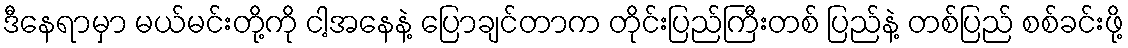
ဒီနေရာမှာ မယ်မင်းတို့ကို ငါ့အနေနဲ့ ပြောချင်တာက တိုင်းပြည်ကြီးတစ် ပြည်နဲ့ တစ်ပြည် စစ်ခင်းဖို့